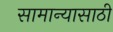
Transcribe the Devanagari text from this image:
सामान्यासाठी